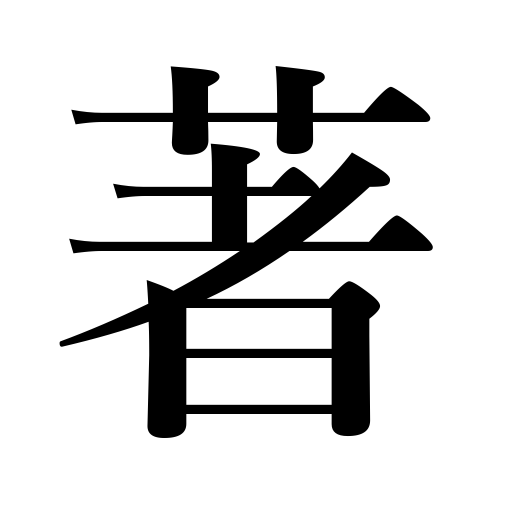
Meanings: publish,phenomenal,literary work,write,remarkable